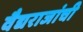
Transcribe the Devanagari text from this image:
वैद्यराजांची